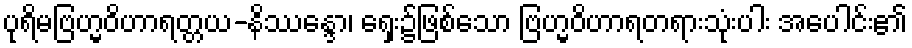
ပုရိမဗြဟ္မဝိဟာရတ္တယ-နိဿန္ဒော၊ ရှေး၌ဖြစ်သော ဗြဟ္မဝိဟာရတရားသုံးပါး အပေါင်း၏